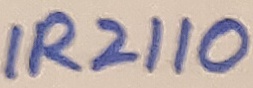
Text: IR2110